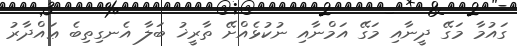
ގައުމާ މަގޭ ދީނާއި މަގޭ އަމްނާއި ނުކުޅެއްށޭ ތާރީޚު ބަލާ އެނގިތިބެ ޢައްދާރު